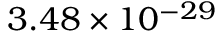
3 . 4 8 \times 1 0 ^ { - 2 9 }